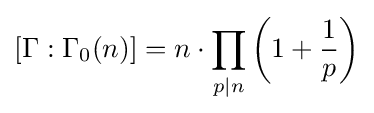
[\Gamma :\Gamma _{0}(n)]=n\cdot \prod _{p|n}\left(1+{\frac {1}{p}}\right)